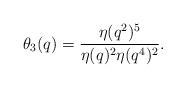
LaTeX: \begin{align*}\theta_3(q)=\frac{\eta(q^2)^5}{\eta(q)^2\eta(q^4)^2}.\end{align*}